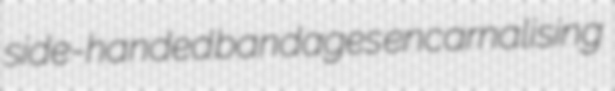
side-handed bandages encarnalising